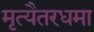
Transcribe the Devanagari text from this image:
मृत्यैतरधमा